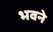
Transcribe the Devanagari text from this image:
भवने